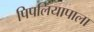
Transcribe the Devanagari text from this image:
पिपलियापाला